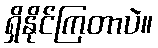
ရှိနိုင်ကြတာပဲ။